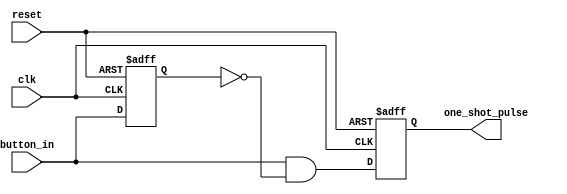
//`timescale 1ns / 1ps

module button_to_pulse (
    input wire clk,            // Clock input
    input wire reset,          // Reset input
    input wire button_in,      // Button input signal
    output reg one_shot_pulse  // One-shot pulse output
);

    reg last_button_state;  // To store the last state of the button

    // Detect rising edge and assign output concurrently
    always @(posedge clk or posedge reset) begin
        if (reset) begin
            last_button_state <= 0;
            one_shot_pulse <= 0;
        end else begin
            last_button_state <= button_in;
            one_shot_pulse <= button_in && !last_button_state;
        end
    end

endmodule